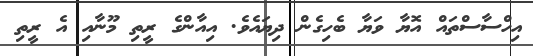
އިހްސާސްތައް އޮޔާ ވަޔާ ބެހިގެން ދިޔައެވެ. އިއާންގެ ރީތި މޫނާއި އެ ރީތި